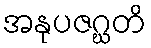
အနုပဇဂ္ဃတိ